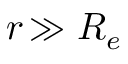
r \! \gg R _ { e }